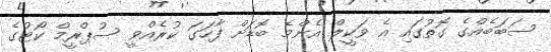
ސަބަބެއްގެ ގޮތުގައި އެ ވަކީލް އެންމެ ބޮޑަށް ފާހަގަ ކުރެއްވީ ސުޕްރީމް ކޯޓުގެ